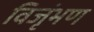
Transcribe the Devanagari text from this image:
विजृंभण